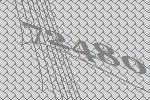
72480